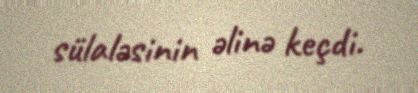
sülaləsinin əlinə keçdi.